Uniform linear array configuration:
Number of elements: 8
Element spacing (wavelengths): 0.75
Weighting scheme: binomial
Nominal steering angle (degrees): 60
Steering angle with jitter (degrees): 58.632
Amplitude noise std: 0.05
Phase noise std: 0.05

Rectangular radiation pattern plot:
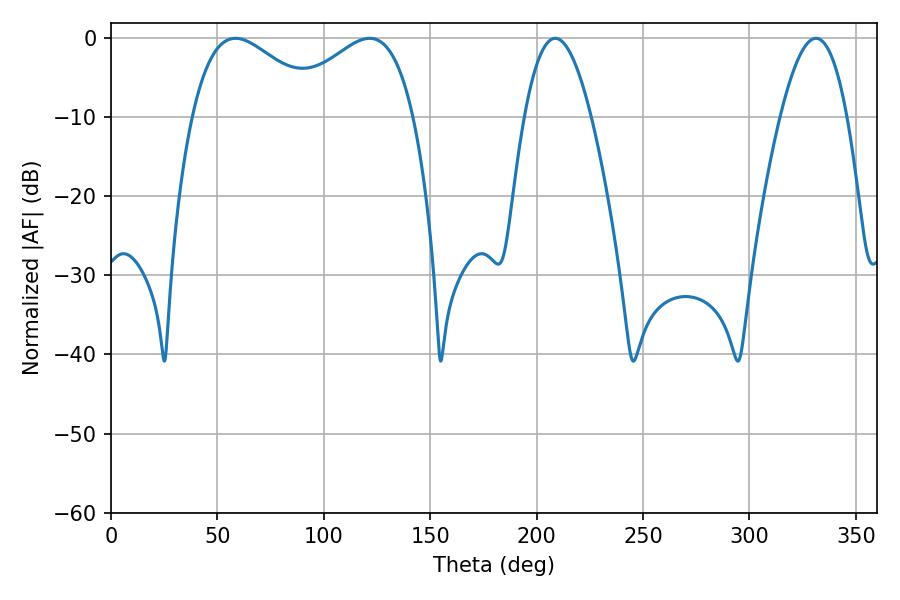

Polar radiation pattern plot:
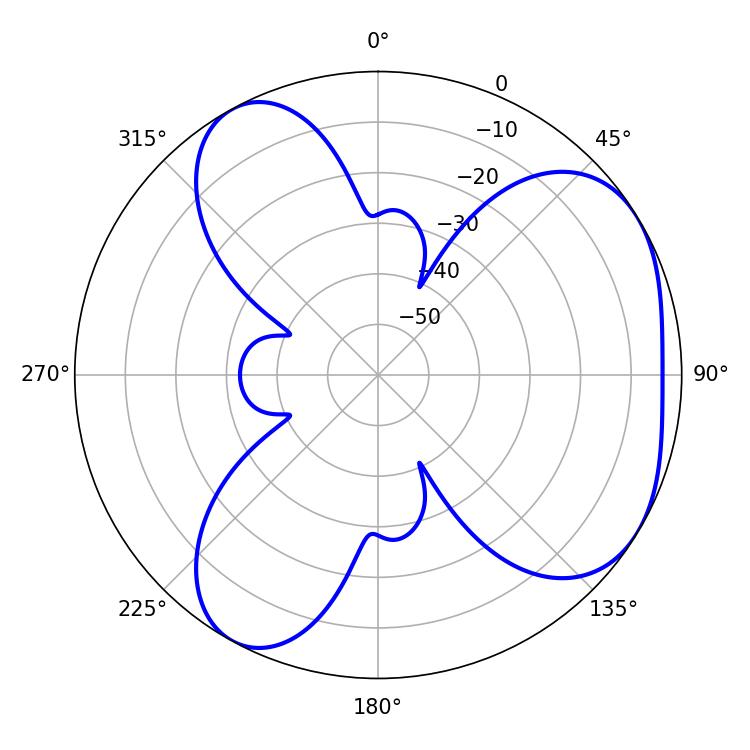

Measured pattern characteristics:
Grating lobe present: TRUE
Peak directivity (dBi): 4.509
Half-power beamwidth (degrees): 33.48
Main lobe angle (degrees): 58.5